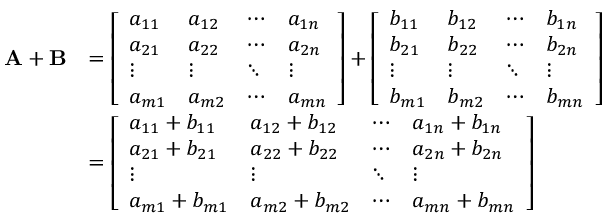
{ \begin{array} { r l } { \mathbf { A } + \mathbf { B } } & { = { \left[ \begin{array} { l l l l } { a _ { 1 1 } } & { a _ { 1 2 } } & { \cdots } & { a _ { 1 n } } \\ { a _ { 2 1 } } & { a _ { 2 2 } } & { \cdots } & { a _ { 2 n } } \\ { \vdots } & { \vdots } & { \ddots } & { \vdots } \\ { a _ { m 1 } } & { a _ { m 2 } } & { \cdots } & { a _ { m n } } \end{array} \right] } + { \left[ \begin{array} { l l l l } { b _ { 1 1 } } & { b _ { 1 2 } } & { \cdots } & { b _ { 1 n } } \\ { b _ { 2 1 } } & { b _ { 2 2 } } & { \cdots } & { b _ { 2 n } } \\ { \vdots } & { \vdots } & { \ddots } & { \vdots } \\ { b _ { m 1 } } & { b _ { m 2 } } & { \cdots } & { b _ { m n } } \end{array} \right] } } \\ & { = { \left[ \begin{array} { l l l l } { a _ { 1 1 } + b _ { 1 1 } } & { a _ { 1 2 } + b _ { 1 2 } } & { \cdots } & { a _ { 1 n } + b _ { 1 n } } \\ { a _ { 2 1 } + b _ { 2 1 } } & { a _ { 2 2 } + b _ { 2 2 } } & { \cdots } & { a _ { 2 n } + b _ { 2 n } } \\ { \vdots } & { \vdots } & { \ddots } & { \vdots } \\ { a _ { m 1 } + b _ { m 1 } } & { a _ { m 2 } + b _ { m 2 } } & { \cdots } & { a _ { m n } + b _ { m n } } \end{array} \right] } } \end{array} }